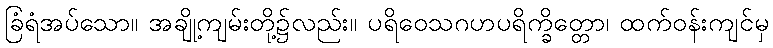
ခြံရံအပ်သော။ အချို့ကျမ်းတို့၌လည်း။ ပရိဝေသဂဟပရိက္ခိတ္တော၊ ထက်ဝန်းကျင်မှ